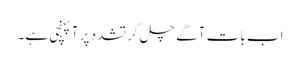
اب بات آگے چل کر تشدد پر آپہنچی ہے۔